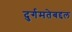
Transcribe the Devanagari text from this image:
दुर्गमतेबद्दल